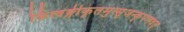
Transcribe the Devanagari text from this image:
किंत्वङ्गीकृतमुत्सृजन्कृपणवत्